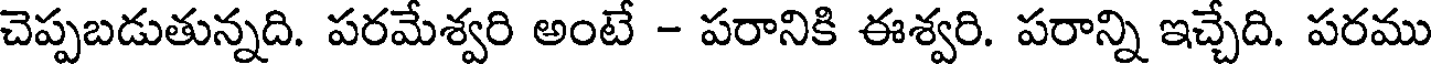
చెప్పబడుతున్నది. పరమేశ్వరి అంటే - పరానికి ఈశ్వరి. పరాన్ని ఇచ్చేది. పరము